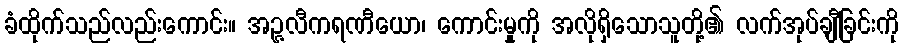
ခံထိုက်သည်လည်းကောင်း။ အဉ္ဇလီကရဏီယော၊ ကောင်းမှုကို အလိုရှိသောသူတို့၏ လက်အုပ်ချီခြင်းကို